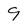
Character: 9